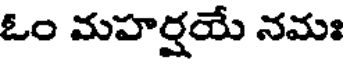
ఓం మహర్షయే నమః